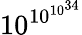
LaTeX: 10^{\, \! 10^{10^{34}}}